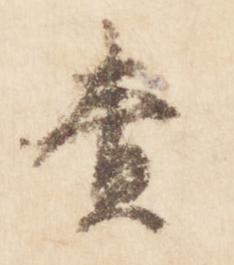
責